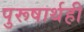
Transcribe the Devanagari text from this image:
पुरूषार्थही